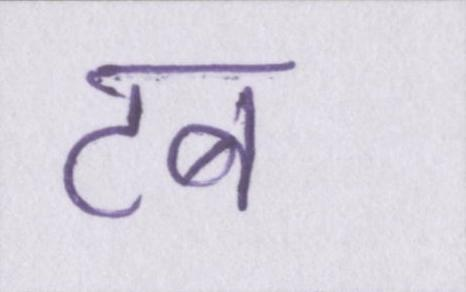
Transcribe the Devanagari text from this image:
टब